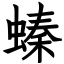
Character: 螓